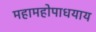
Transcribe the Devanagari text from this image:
महामहोपाधयाय